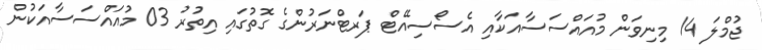
ޖުމްލަ 14 މިނިވަން މުއައްސަސާއަކާއި އެސޯސިއޭޓް ޕަރޓްނަރުންގެ ގޮތުގައި އިތުރު 03 މުއައްސަސާއަކުން